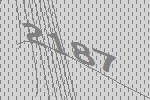
2187